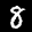
Label: 8